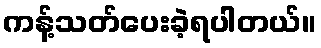
ကန့်သတ်ပေးခဲ့ရပါတယ်။